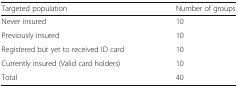
<table><thead><tr><td><b>Targeted population</b></td><td><b>Number of groups</b></td></tr></thead><tbody><tr><td>Never insured</td><td>10</td></tr><tr><td>Previously insured</td><td>10</td></tr><tr><td>Registered but yet to received ID card</td><td>10</td></tr><tr><td>Currently insured (Valid card holders)</td><td>10</td></tr><tr><td>Total</td><td>40</td></tr></tbody></table>